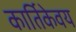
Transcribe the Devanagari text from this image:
कार्तिकेवय